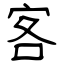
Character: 客